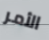
الأمر